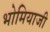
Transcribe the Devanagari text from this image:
भोमियाजी